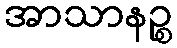
အာသာနဉ္စ